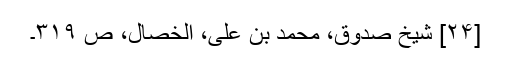
[۲۴] شیخ صدوق، محمد بن علی، الخصال، ص ۳۱۹۔